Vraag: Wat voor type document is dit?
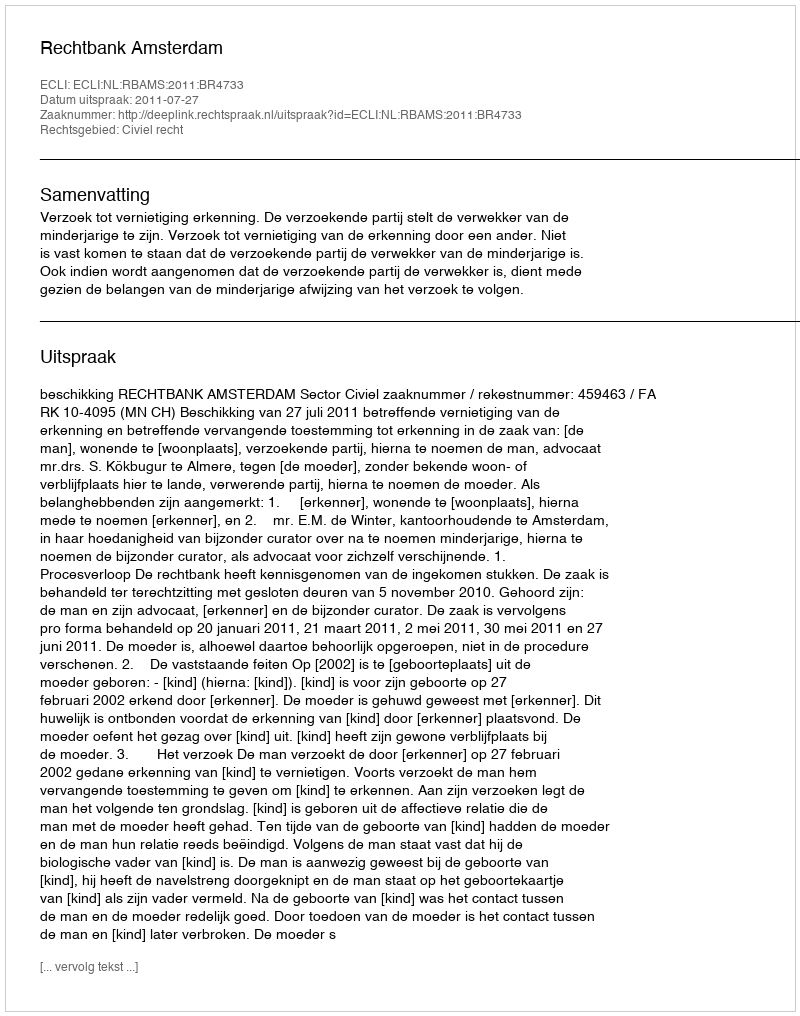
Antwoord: Uitspraak